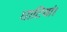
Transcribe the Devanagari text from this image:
घाटियां।